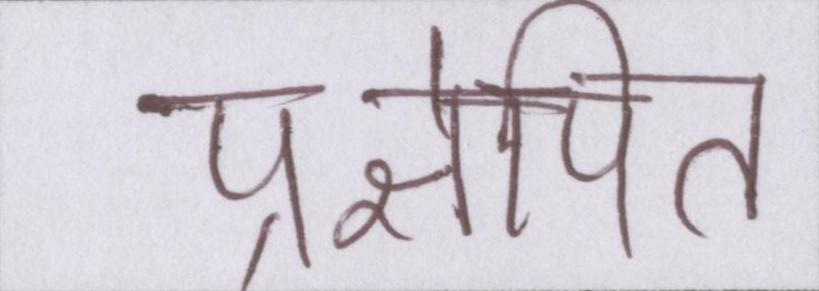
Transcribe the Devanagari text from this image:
प्रक्षेपित